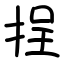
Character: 挰